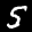
Label: 5